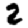
Digit: 2